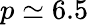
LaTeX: p\simeq 6.5